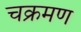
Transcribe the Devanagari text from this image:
चक्रमण